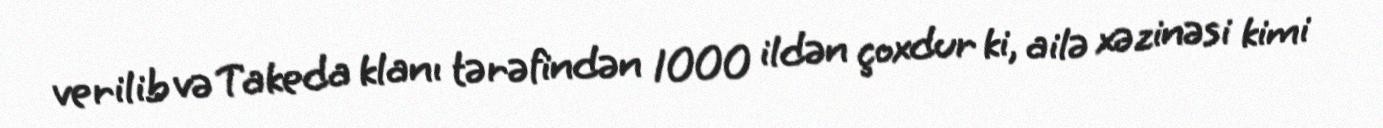
verilib və Takeda klanı tərəfindən 1000 ildən çoxdur ki, ailə xəzinəsi kimi